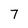
Character: 7